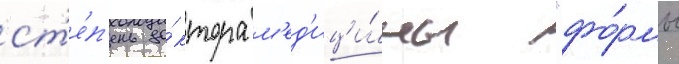
ст'е́п'ень до́ктора м'ед'ици́ны "фо́рмы